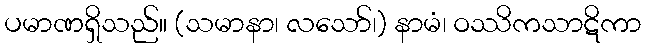
ပမာဏရှိသည်။ (သမာနာ၊ လသော်၊) နာမံ၊ ဝဿိကသာဋိကာ